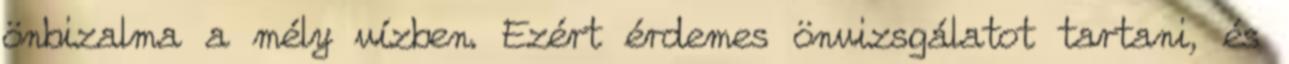
önbizalma a mély vízben. Ezért érdemes önvizsgálatot tartani, és